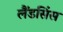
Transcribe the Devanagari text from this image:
लैंडसिंस